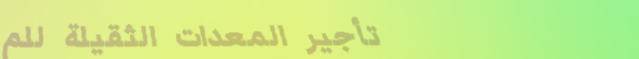
تأجير المعدات الثقيلة للم